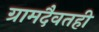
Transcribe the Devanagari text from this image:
ग्रामदैवतही